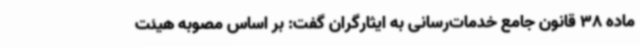
ماده 38 قانون جامع خدمات‌رسانی به ایثارگران گفت: بر اساس مصوبه هیئت